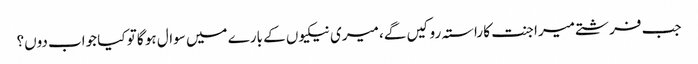
جب فرشتے میرا جنت کا راستہ روکیں گے، میری نیکیوں کے بارے میں سوال ہو گا تو کیا جواب دوں؟